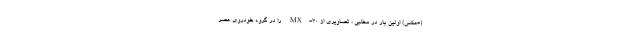
(+عکس) اولین بار در مطلبی ، تصاویری از MX-30 را در گروه خودروی عصر